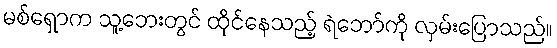
မစ်ရှောက သူ့ဘေးတွင် ထိုင်နေသည့် ရဲဘော်ကို လှမ်းပြောသည်။